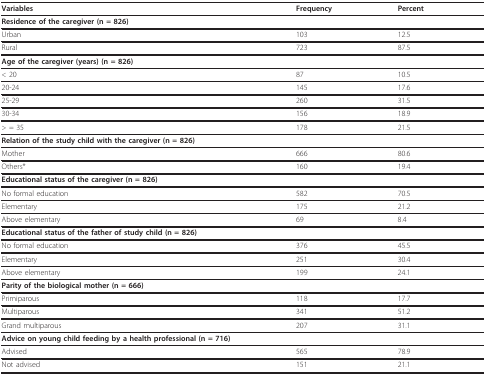
| Variables | Frequency | Percent |
 | --- | --- | --- |
 | Residence of the caregiver (n = 826) |  |  |
 | Urban | 103 | 12.5 |
 | Rural | 723 | 87.5 |
 | Age of the caregiver (years) (n = 826) |  |  |
 | < 20 | 87 | 10.5 |
 | 20-24 | 145 | 17.6 |
 | 25-29 | 260 | 31.5 |
 | 30-34 | 156 | 18.9 |
 | > = 35 | 178 | 21.5 |
 | Relation of the study child with the caregiver (n = 826) |  |  |
 | Mother | 666 | 80.6 |
 | Others* | 160 | 19.4 |
 | Educational status of the caregiver (n = 826) |  |  |
 | No formal education | 582 | 70.5 |
 | Elementary | 175 | 21.2 |
 | Above elementary | 69 | 8.4 |
 | Educational status of the father of study child (n = 826) |  |  |
 | No formal education | 376 | 45.5 |
 | Elementary | 251 | 30.4 |
 | Above elementary | 199 | 24.1 |
 | Parity of the biological mother (n = 666) |  |  |
 | Primiparous | 118 | 17.7 |
 | Multiparous | 341 | 51.2 |
 | Grand multiparous | 207 | 31.1 |
 | Advice on young child feeding by a health professional (n = 716) |  |  |
 | Advised | 565 | 78.9 |
 | Not advised | 151 | 21.1 |